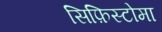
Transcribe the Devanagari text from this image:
सिफ़िस्टोमा